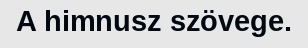
A himnusz szövege.